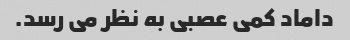
داماد کمی عصبی به نظر می رسد.